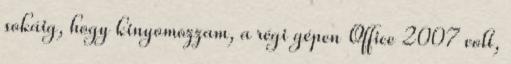
sokáig, hogy kinyomozzam, a régi gépen Office 2007 volt,